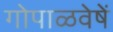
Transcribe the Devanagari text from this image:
गोपाळवेषें